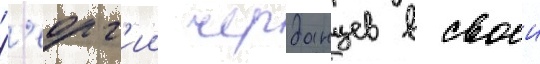
Г'еорг'ии черданцев в своеи